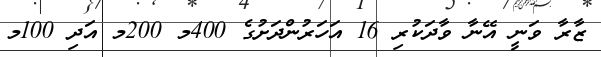
ޒާރާ ވަނީ އޭނާ ވާދަކުރި 16 އަހަރުންދަށުގެ 400މ 200މ އަދި 100މ